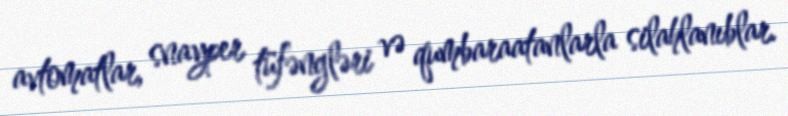
avtomatlar, snayper tüfəngləri və qumbaraatanlarla silahlanıblar.